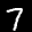
Label: 7